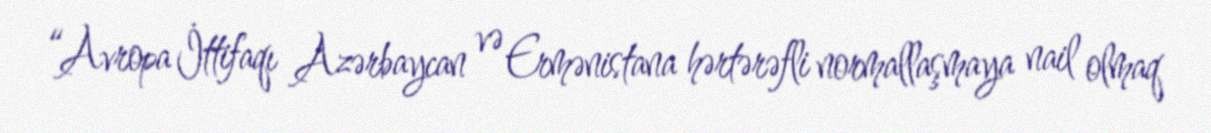
“Avropa İttifaqı Azərbaycan və Ermənistana hərtərəfli normallaşmaya nail olmaq